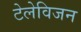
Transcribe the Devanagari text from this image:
टेलेविजन